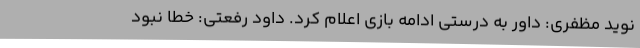
نوید مظفری: داور به درستی ادامه بازی اعلام کرد. داود رفعتی: خطا نبود